NAE_kihelkonnakohtute_kirjad_ja_protokollid_1869-1889, lk 21
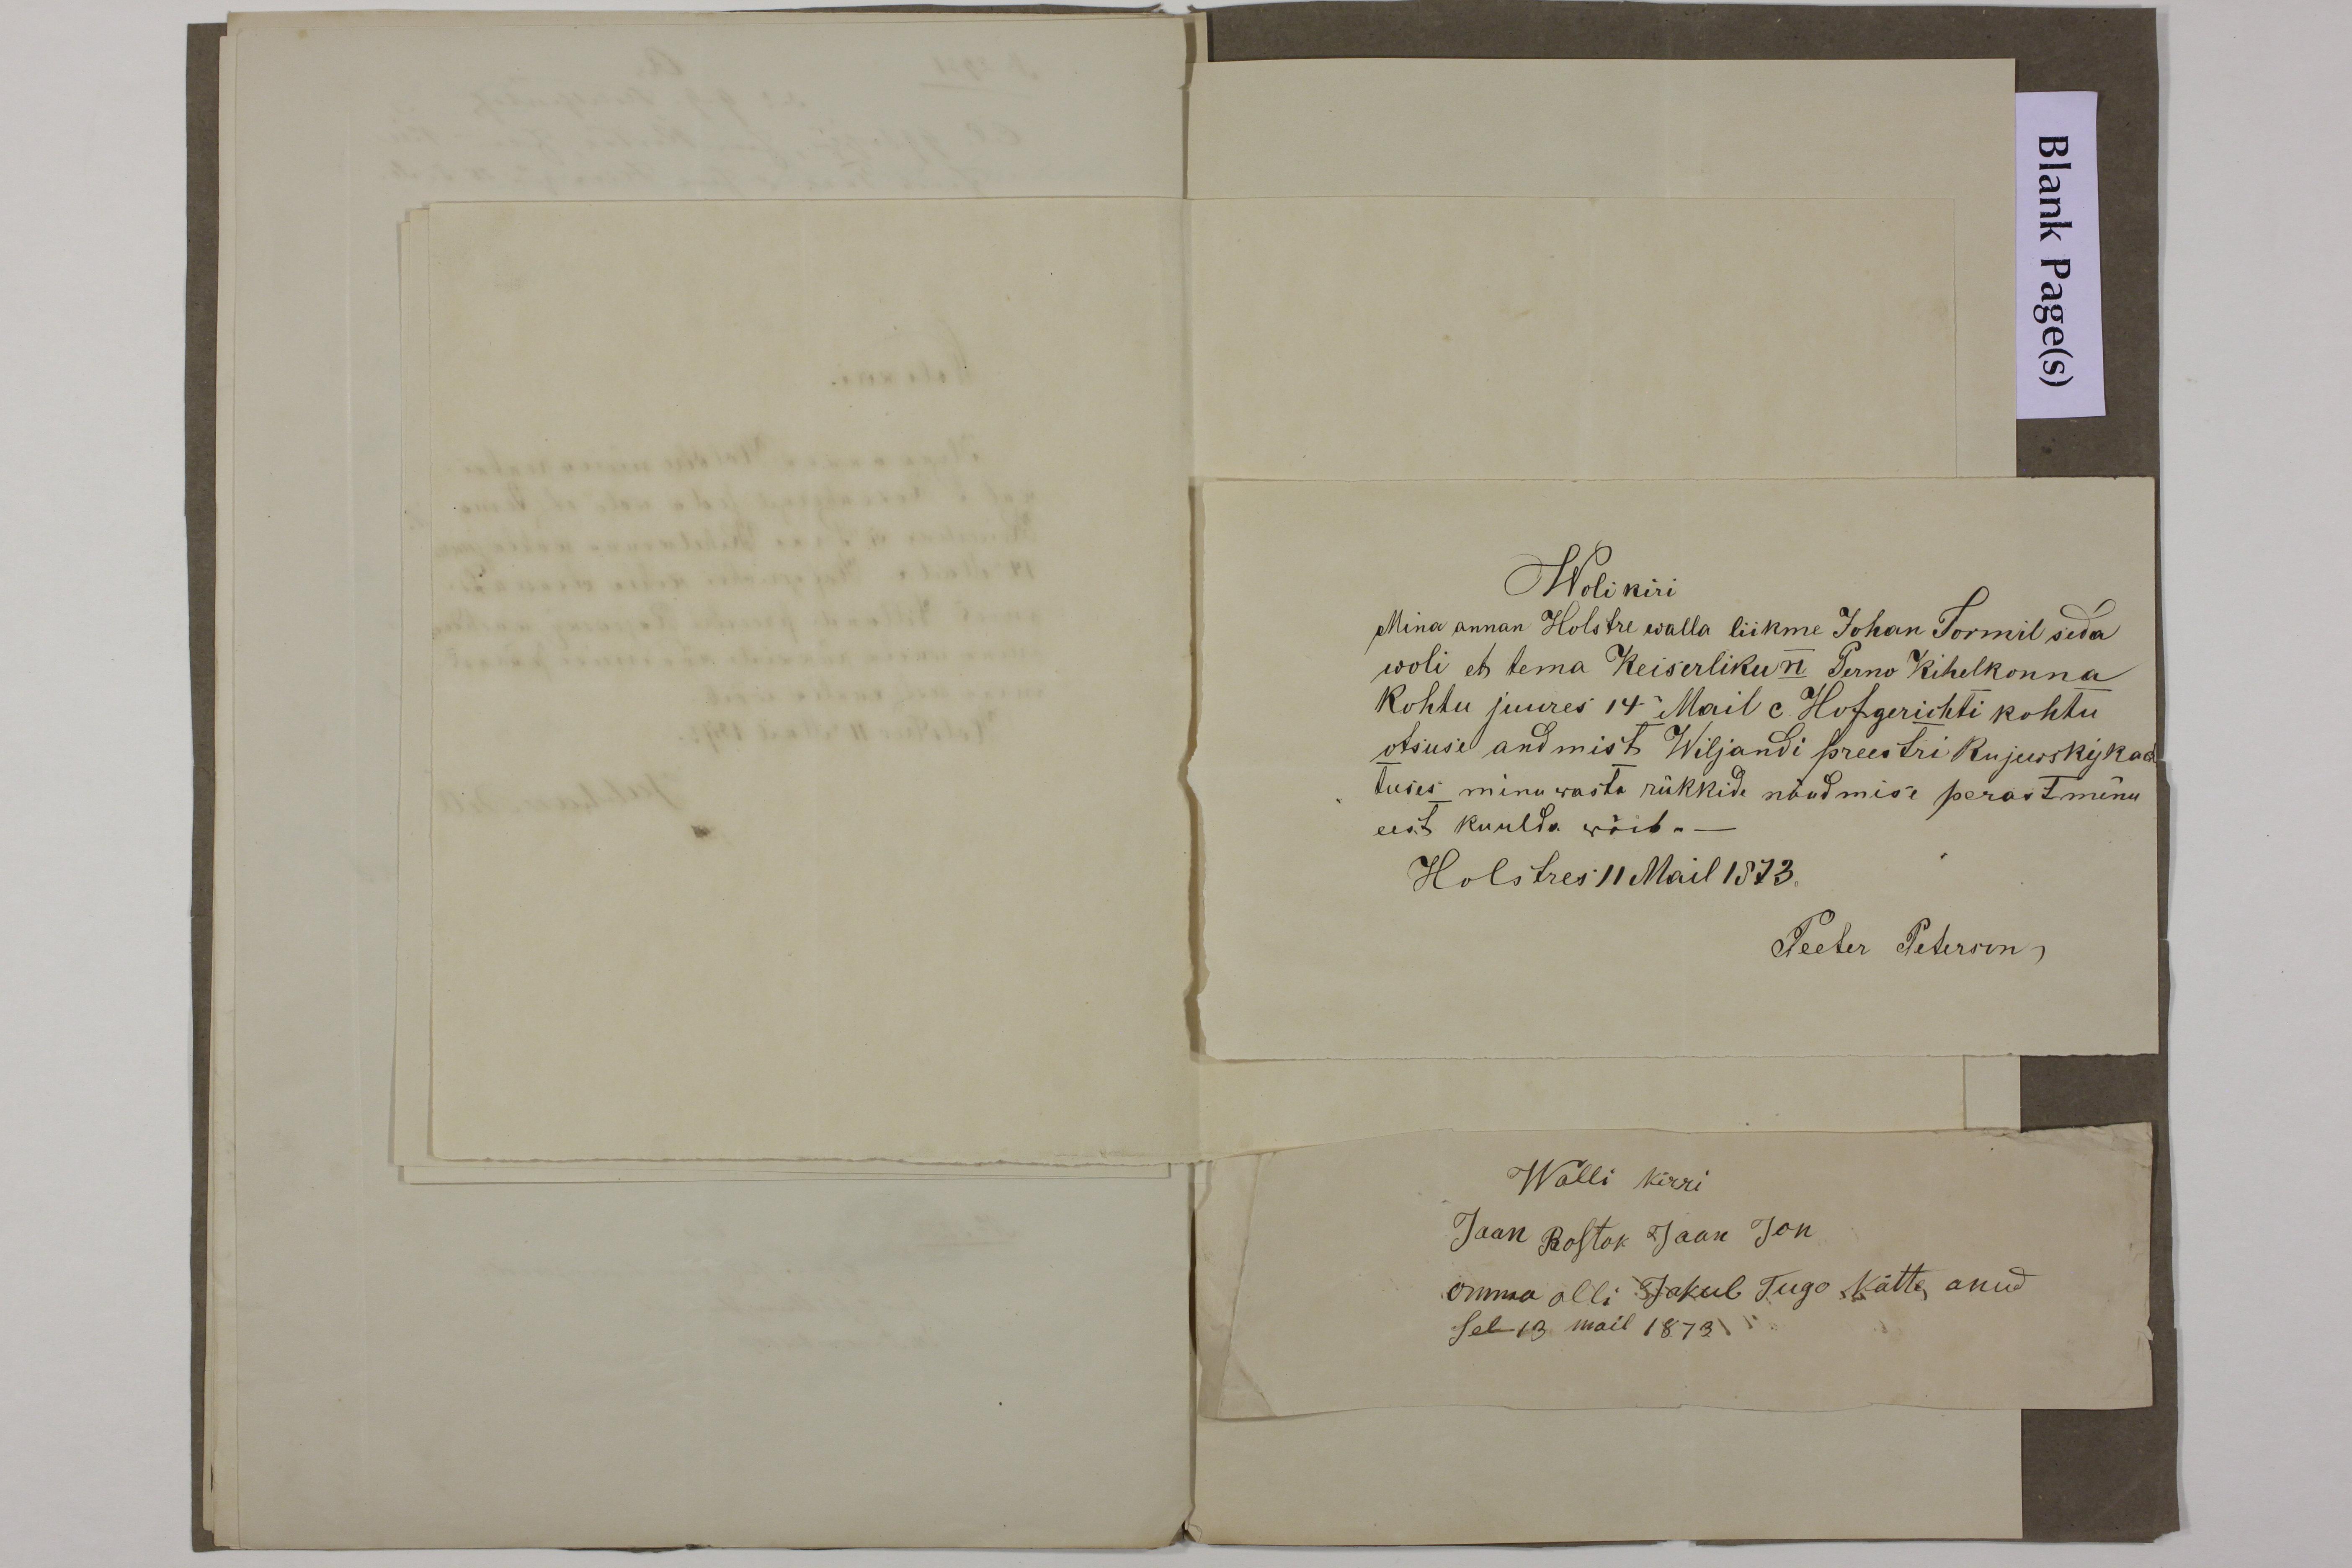
Wolikiri
Mina annan Holstre walla liikme Johan Tormil seda
woli et tema Keiserliku Perno Kihelkonna
Kohtu juures 14 Mail Hofgerichti kohtu
otsuse andmist Wiljandi preestri Rajewsky kaeb
tuses minu wasta rükkide nõudmise perast minu
eest kuulda wõib.-
Holstres 11 Mail 1873.
Peeter Peterson
Wolli kirri
Jaan Rostok Jaan Jon
omma olli Jakub Tugo kätte anud
sel 13 mail 1873